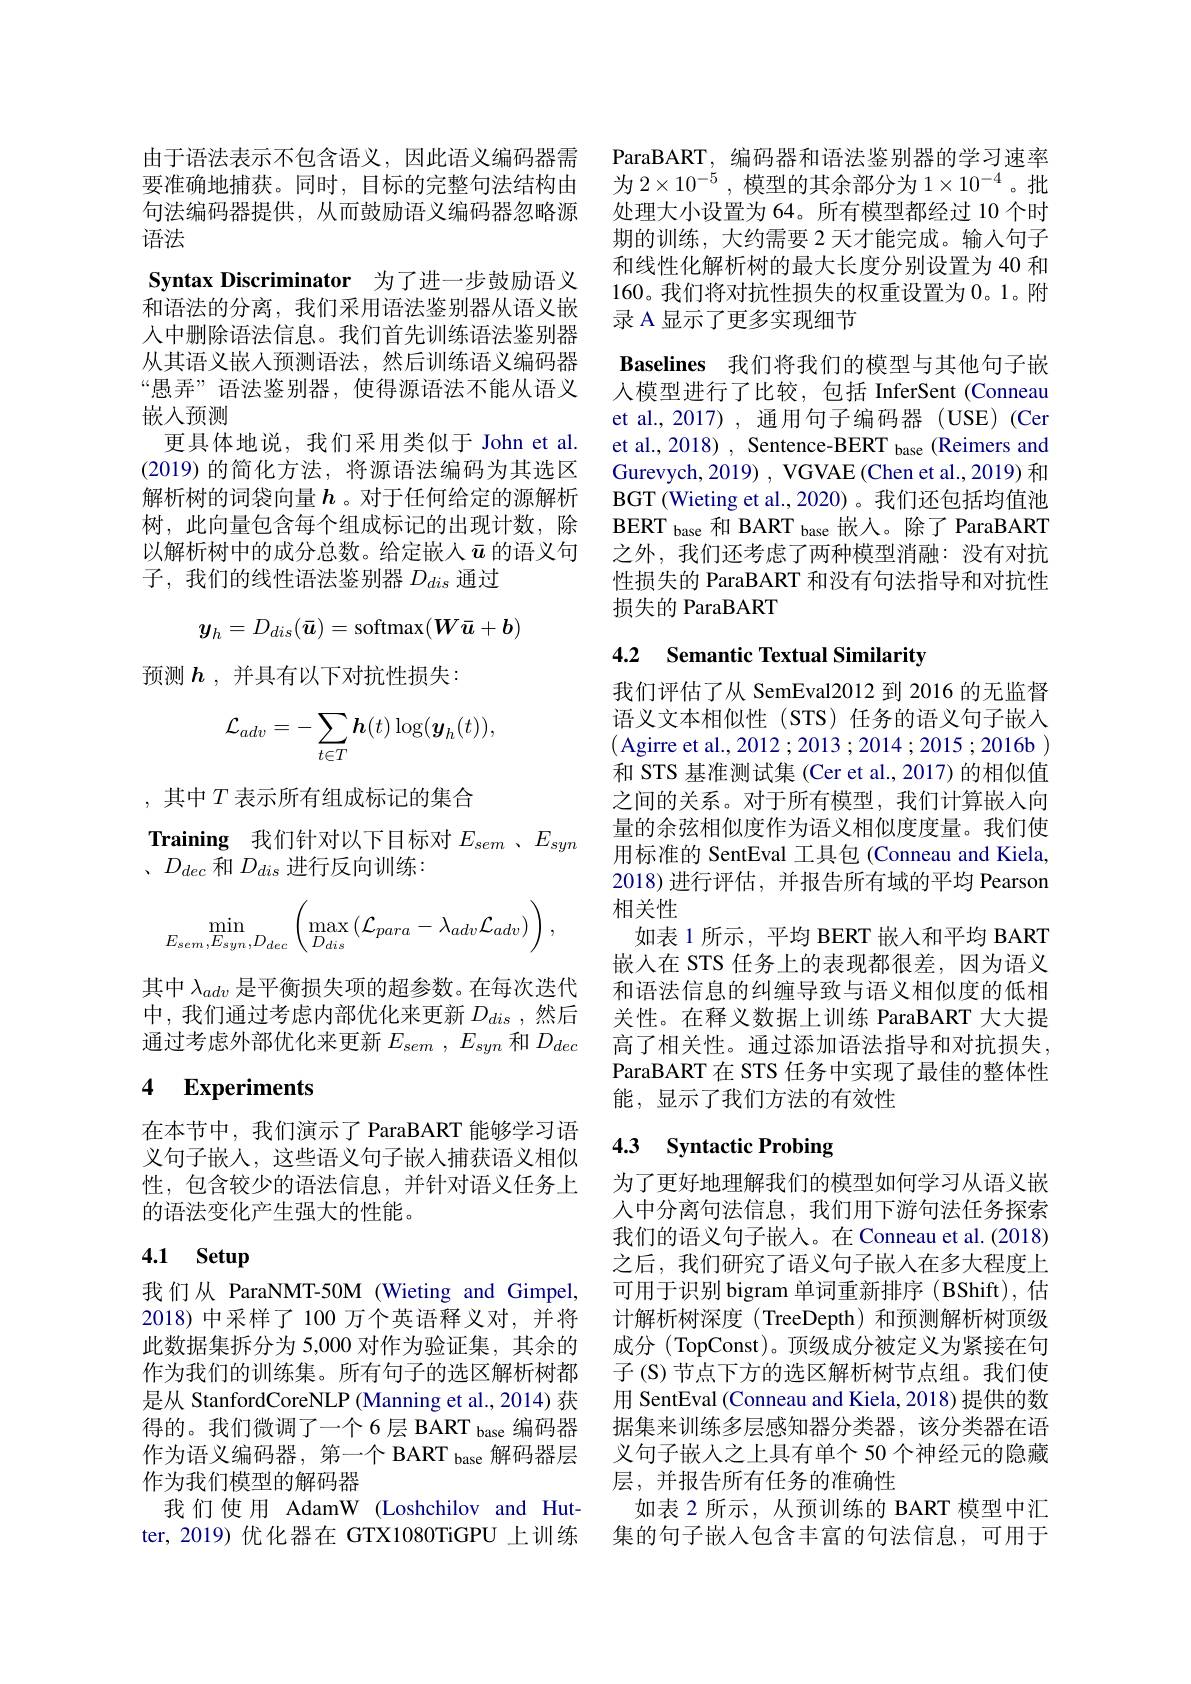
由于语法表示不包含语义，因此语义编码器需要准确地捕获。同时，目标的完整句法结构由句法编码器提供，从而鼓励语义编码器忽略源语法
Syntax Discriminator 为了进一步鼓励语义和语法的分离，我们采用语法鉴别器从语义嵌入中删除语法信息。我们首先训练语法鉴别器从其语义嵌入预测语法，然后训练语义编码器“愚弄”语法鉴别器，使得源语法不能从语义嵌人预测
更具体地说，我们采用类似于 John et al. (2019)的简化方法，将源语法编码为其选区解析树的词袋向量$h$ 。对于任何给定的源解析树，此向量包含每个组成标记的出现计数，除以解析树中的成分总数。给定嵌入$\bar{u}$的语义句子，我们的线性语法鉴别器$D_dis$通过
$$\boldsymbol{y}_h=D_{dis}(\bar{\boldsymbol{u}})=\mathrm{softmax}(\boldsymbol{W}\bar{\boldsymbol{u}}+\boldsymbol{b})$$
预测$\boldsymbol{h}$ ,并具有以下对抗性损失：
$$\mathcal{L}_{adv}=-\sum_{t\in T}\boldsymbol{h}(t)\log(\boldsymbol{y}_{h}(t)),$$
,其中$T$表示所有组成标记的集合
Training 我们针对以下目标对$E_{sem}$ 、$E_{syn}$
$、D_{dec}$和$D_dis$进行反向训练：
$$\min\limits_{E_{sem},E_{syn},D_{dec}}\left(\max\limits_{D_{dis}}\left(\mathcal{L}_{para}-\lambda_{adv}\mathcal{L}_{adv}\right)\right),$$
其中$\lambda_{adv}$是平衡损失项的超参数。在每次迭代中，我们通过考虑内部优化来更新$D_{dis}$,然后通过考虑外部优化来更新$E_{sem}$ , $E_{syn}$ 和 $D_{dec}$

# 4 Experiments

在本节中，我们演示了 ParaBART 能够学习语义句子嵌人，这些语义句子嵌入捕获语义相似性，包含较少的语法信息，并针对语义任务上的语法变化产生强大的性能。

# 4.1 Setup

我们从 ParaNMT-50M (Wieting and Gimpel, 2018)中采样了 100 万个英语释义对，并将此数据集拆分为 5,000 对作为验证集，其余的作为我们的训练集。所有句子的选区解析树都是从 StanfordCoreNLP (Manning et al., 2014) 获得的。我们微调了一个6层 BART base 编码器作为语义编码器，第一个 BART $_\text{base 解码器层}$ 作为我们模型的解码器
我们使用 AdamW (Loshchilov and Hutter,2019)优化器在 GTX1080TiGPU 上训练

ParaBART, 编码器和语法鉴别器的学习速率为$2\times10^{-5}$,模型的其余部分为$1\times10^{-4}$。批处理大小设置为 64。所有模型都经过 10 个时期的训练，大约需要 2 天才能完成。输入句子和线性化解析树的最大长度分别设置为 40 和160。我们将对抗性损失的权重设置为0。1。附录 A 显示了更多实现细节

Baselines 我们将我们的模型与其他句子嵌人模型进行了比较，包括 InferSent (Conneau et al.,2017),通用句子编码器(USE)(Cer et al., 2018) , Sentence-BERT base (Reimers and Gurevych, 2019) , VGVAE (Chen et al., 2019) 和BGT (Wieting et al., 2020) 。我们还包括均值池BERT base 和 BART base 嵌人。除了 ParaBART 之外，我们还考虑了两种模型消融：没有对抗性损失的 ParaBART 和没有句法指导和对抗性损失的 ParaBART

## 4.2 Semantic Textual Similarity

我们评估了从 SemEval2012 到 2016 的无监督语义文本相似性(STS)任务的语义句子嵌入(Agirre et al.,2012;2013;2014;2015;2016b) 和 STS 基准测试集 (Cer et al., 2017) 的相似值之间的关系。对于所有模型，我们计算嵌入向量的余弦相似度作为语义相似度度量。我们使用标准的 SentEval 工具包 (Conneau and Kiela, 2018)进行评估，并报告所有域的平均 Pearson 相关性
如表 1 所示，平均 BERT 嵌入和平均 BART 嵌入在 STS 任务上的表现都很差，因为语义和语法信息的纠缠导致与语义相似度的低相关性。在释义数据上训练 ParaBART 大大提高了相关性。通过添加语法指导和对抗损失， ParaBART 在 STS 任务中实现了最佳的整体性能，显示了我们方法的有效性

# 4.3 Syntactic Probing

为了更好地理解我们的模型如何学习从语义嵌入中分离句法信息，我们用下游句法任务探索我们的语义句子嵌人。在 Conneau et al. (2018) 之后，我们研究了语义句子嵌入在多大程度上可用于识别 bigram 单词重新排序 (BShift), 估计解析树深度(TreeDepth)和预测解析树顶级成分(TopConst)。顶级成分被定义为紧接在句子(S)节点下方的选区解析树节点组。我们使用 SentEval (Conneau and Kiela, 2018) 提供的数据集来训练多层感知器分类器，该分类器在语义句子嵌入之上具有单个 50 个神经元的隐藏层，并报告所有任务的准确性
如表 2 所示，从预训练的 BART 模型中汇集的句子嵌入包含丰富的句法信息，可用于